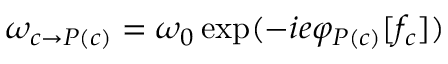
\omega _ { c \rightarrow P ( c ) } = \omega _ { 0 } \exp ( - i e \varphi _ { P ( c ) } [ f _ { c } ] )